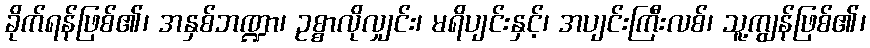
ခိုက်ရန်ဖြစ်၏၊ အနှစ်ဘဏ္ဍာ၊ ဥစ္စာလိုလျှင်း၊ မရိပျင်းနှင့်၊ အပျင်းကြီးလစ်၊ သူ့ကျွန်ဖြစ်၏၊